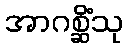
အာဂစ္ဆိံသု